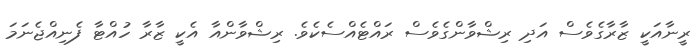
ރީނާއަކީ ޒާރާގެވެސް އަދި ރިޝްވާންގެވެސް ރައްޓެއްސެކެވެ. ރިޝްވާންއާ އެކީ ޒާރާ ހުއްޓާ ފެނިއްޖެނަމަ